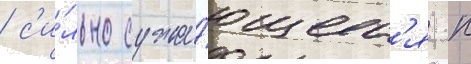
/ с'и́льно сужа́ющеес'я к